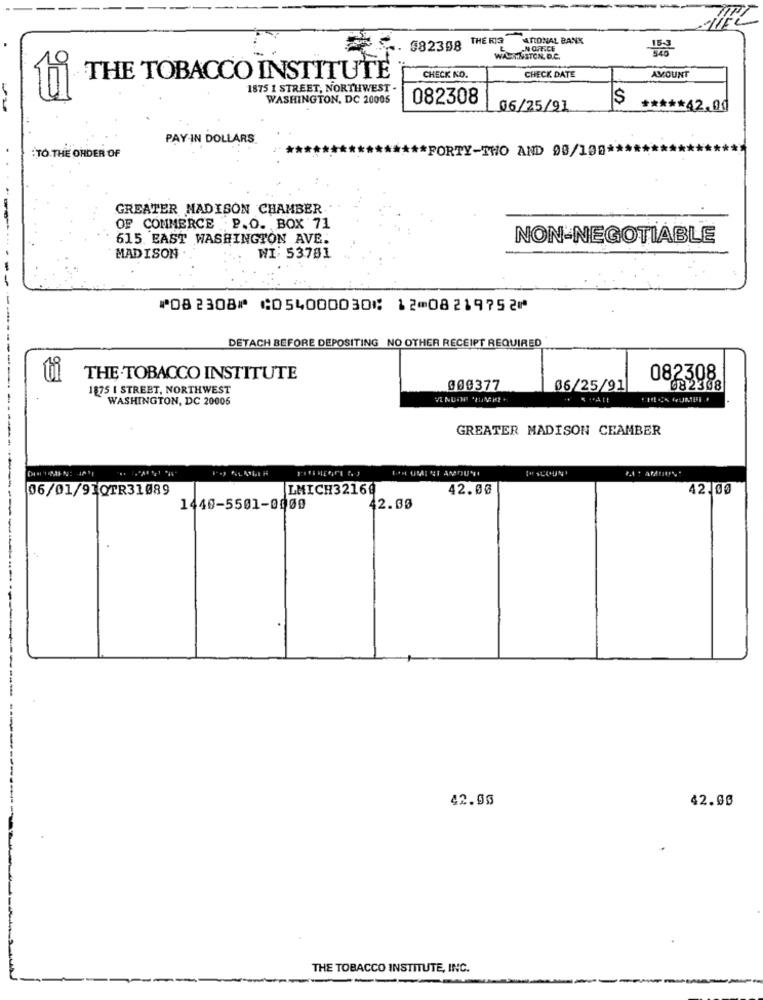
582358 THE KIS
ATIONAL BANK
AN OFFICE
WALA.NETON. D.C.
THE TOBACCO INSTITUTE
CHECK KO.
CHECK DATE
AMOUNT
1875 1 STREET, NORTHWEST .
WASHINGTON, DC 20005
082308
$
-
06/25/91
**** 42.00
PAY IN DOLLARS.
:TO THE ORDER OF
** FORTY-THO AND 08/100 ***
GREATER MADISON CHAMBER
OF COMMERCE P.O. BOX 71
615 EAST WASHINGTON AVE.
NON-NEGOTIABLE
MADISON
WI: 53781
⑈082308⑈ ⑆054000030⑆ 12⑉08219752⑈
DETACH BEFORE DEPOSITING NO OTHER RECEIPT REQUIRED
THE.TOBACCO INSTITUTE
082308
1875 1 STREET, NORTHWEST
009377
06/25/91
082308
WASHINGTON, DC 20006
GREATER MADISON CEAMBER
(" SCOUN'
06/01/91QTR31089
LMICH32169
42.00
42.00
1440-5501-0009
42.05
42.95
42.00
THE TOBACCO INSTITUTE, INC.